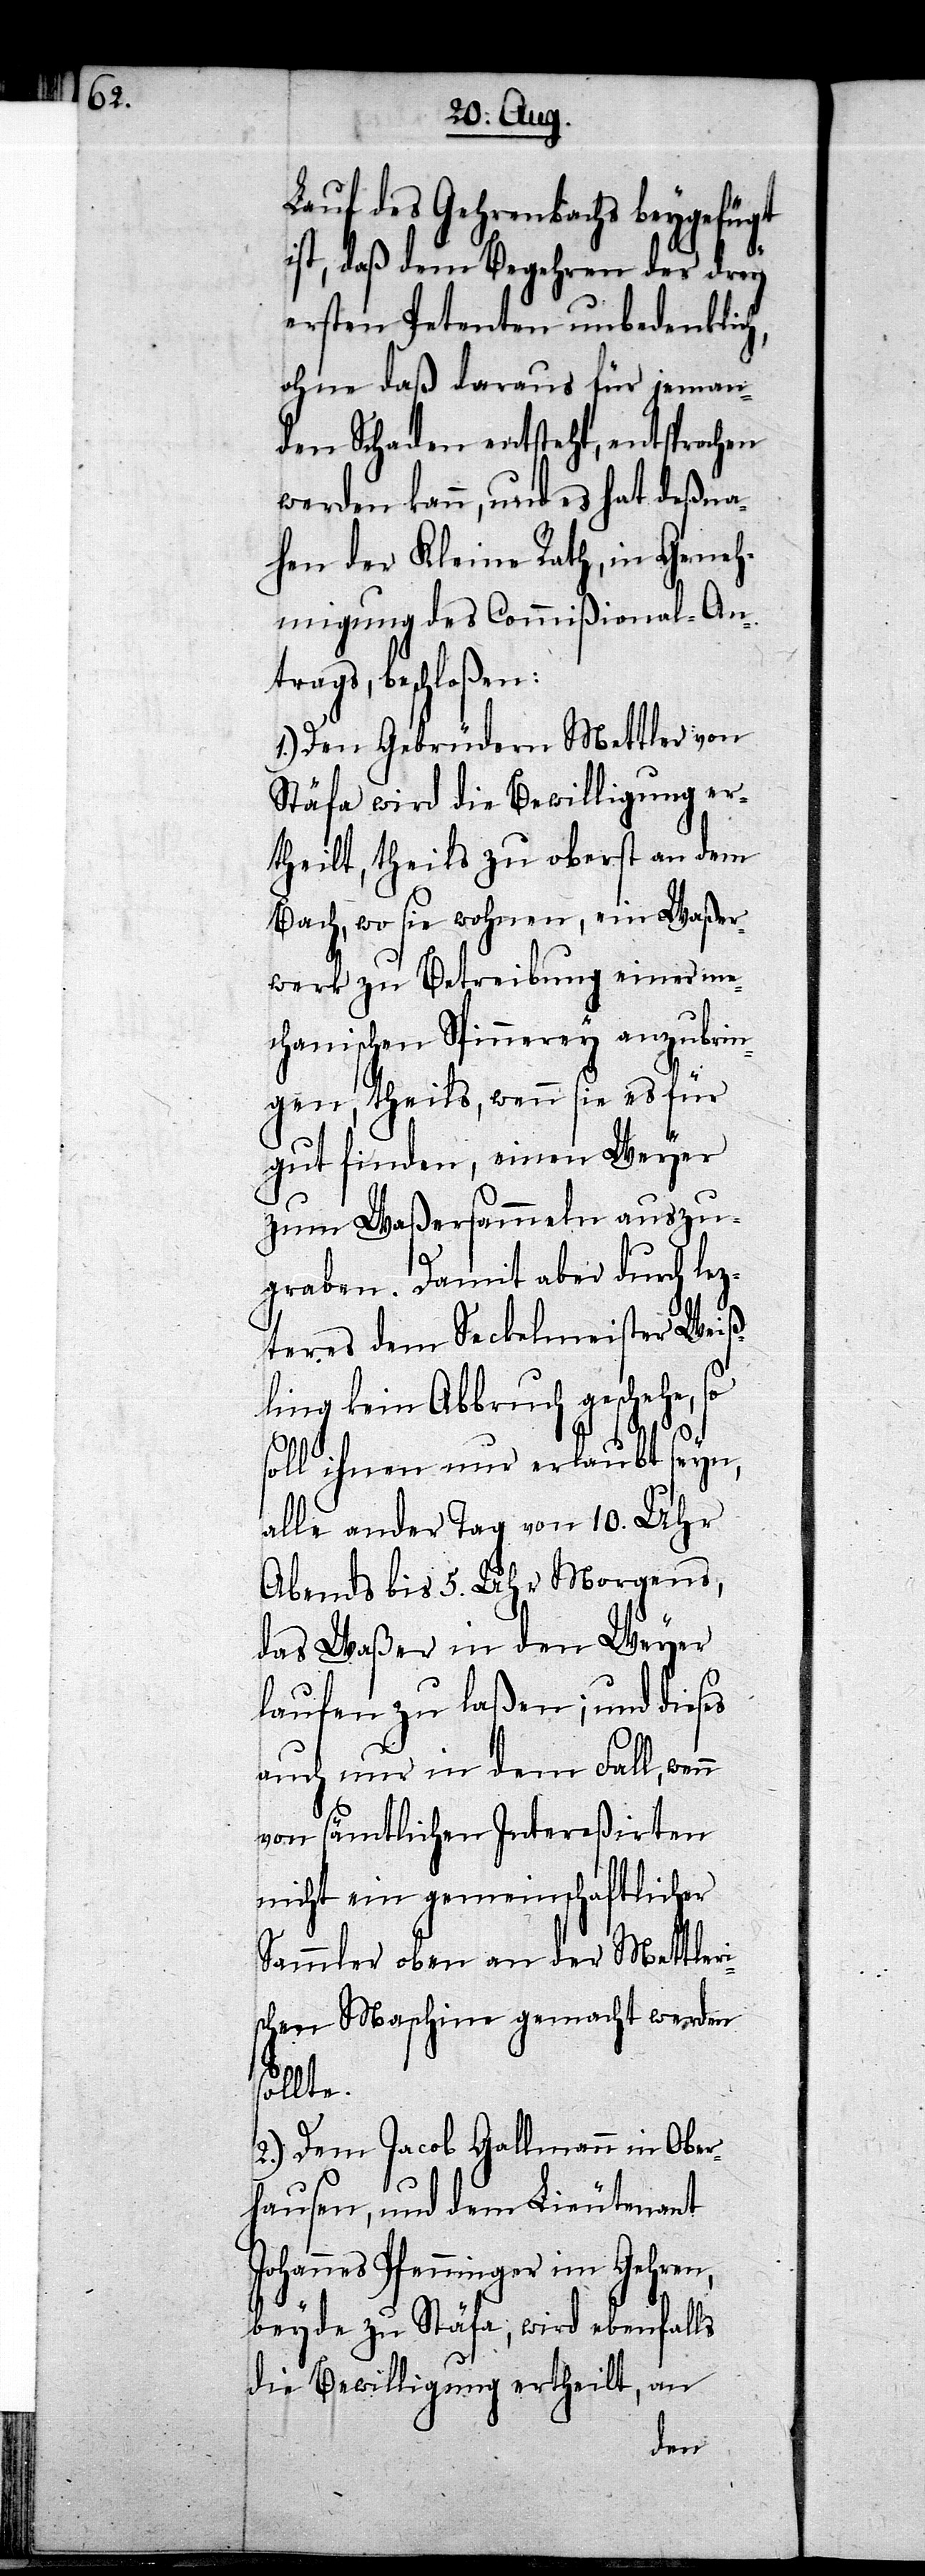
Lauf des Gehrenbachs beygefügt
ist, daß dem Begehren der drey
ersten Petenten unbedenklich,
ohne daß daraus für jeman¬
den Schaden entsteht, entsprochen
werden kann, und es hat deßna¬
hen der Kleine Rath, in Geneh¬
migung des Commißional-An¬
trags, beschloßen:
1.) Den Gebrüdern Mettler von
Stäfa wird die Bewilligung er¬
theilt, theils zu oberst an dem
Bach, wo sie wohnen, ein Waßer¬
werk zu Betreibung einer me¬
chanischen Spinnerey anzubrin¬
gen, theils, wenn sie es für
gut finden, einen Weyer
zum Waßersammeln auszu¬
graben. Damit aber durch lez¬
teres dem Seckelmeister Weiß¬
ling kein Abbruch geschehe,
soll ihnen nur erlaubt seyn,
alle ander Tag von 10. Uhr
Abends bis 5. Uhr Morgens,
das Waßer in den Weyer
laufen zu laßen; und dieses
auch nur in dem Fall, wenn
von sämtlichen Intereßirten
nicht ein gemeinschaftlicher
Sammler oben an der Mettleri¬
schen Maschine gemacht werden
sollte.
2.) Dem Jacob Gallmann in Ober¬
hausen, und dem Lieutenant
Johannes Pfenninger im Gehren,
beyde zu Stäfa, wird ebenfalls
die Bewilligung ertheilt, an